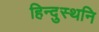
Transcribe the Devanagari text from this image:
हिन्दुस्थनि